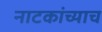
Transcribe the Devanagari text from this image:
नाटकांच्याच